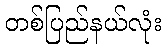
တစ်ပြည်နယ်လုံး